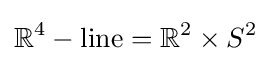
\mathbb {R} ^{4}-\mathrm {line} =\mathbb {R} ^{2}\times S^{2}